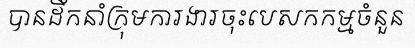
បានដឹកនាំក្រុមការងារចុះបេសកកម្មចំនួន